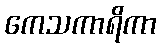
ကေသကာရိကာ